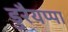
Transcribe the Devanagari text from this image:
डुरैयप्पा